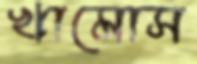
খামোস